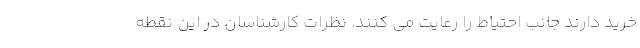
خرید دارند جانب احتیاط را رعایت می کنند. نظرات کارشناسان در این نقطه